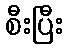
စီးပြီး